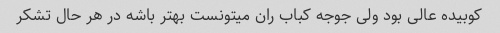
کوبیده عالی بود ولی جوجه کباب ران میتونست بهتر باشه در هر حال تشکر